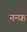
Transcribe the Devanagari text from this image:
नन्फ़